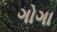
ગોગા